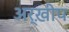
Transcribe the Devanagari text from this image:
अर्ख़ीप